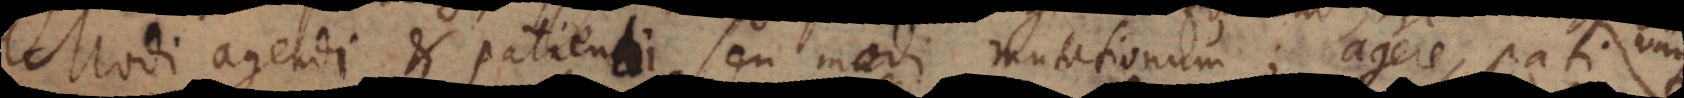
gendi et patiendi seu modi mutationum; agere, pati,